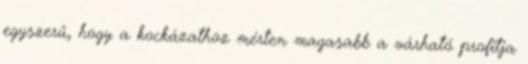
egyszerű, hogy a kockázathoz mérten magasabb a várható profitja